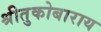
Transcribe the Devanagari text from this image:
श्रीतुकोबाराय